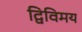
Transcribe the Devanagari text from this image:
द्विविमय